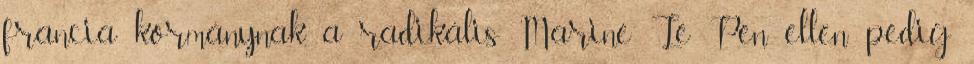
francia kormánynak, a radikális Marine Le Pen ellen pedig